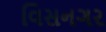
વિસનગર